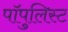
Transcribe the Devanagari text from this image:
पॉपुलिस्ट